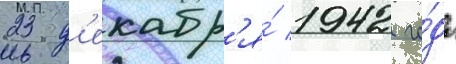
23 д'екабр'я́ 1942 го́да